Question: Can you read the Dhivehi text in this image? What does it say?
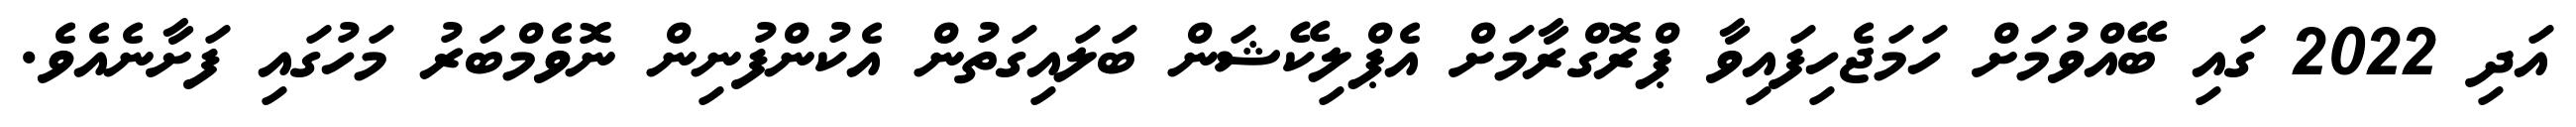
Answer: އަދި 2022 ގައި ބޭއްވުމަށް ހަމަޖެހިފައިވާ ޕްރޮގްރާމަށް އެޕްލިކޭޝަން ބަލައިގަތުން އެކުންފުނިން ނޮވެމްބަރު މަހުގައި ފަށާނެއެވެ.